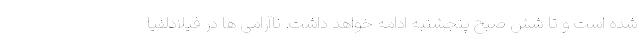
شده است و تا شش صبح پنجشنبه ادامه خواهد داشت. ناآرامی ها در فیلادلفیا